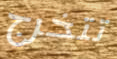
تتخرج